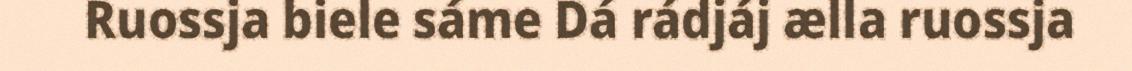
Ruossja biele sáme Dá rádjáj ælla ruossja